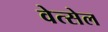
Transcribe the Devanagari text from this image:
वेत्सेल